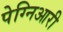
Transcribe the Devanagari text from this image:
पेग्निआरी